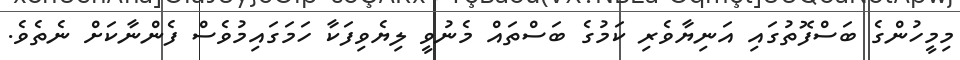
މިމީހުންގެ ބަސްފޮތުގައި އަނިޔާވެރި ކަމުގެ ބަސްތައް މެނުވީ ލިޔެވިފަކާ ހަމަގައިމުވެސް ފެންނާކަށް ނެތެވެ.